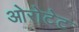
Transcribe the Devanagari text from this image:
ओरोटेट